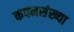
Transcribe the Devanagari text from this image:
कपनसंख्या